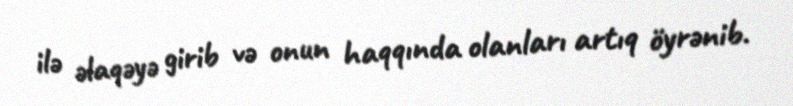
ilə əlaqəyə girib və onun haqqında olanları artıq öyrənib.